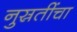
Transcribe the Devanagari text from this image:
नुस्रतींचा